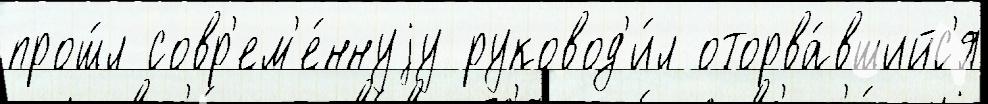
прош́л совр'ем'е́ннуjу руковод'и́л оторва́вшийс'я